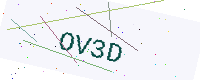
Text: OV3D